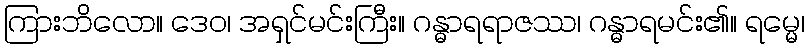
ကြားဘိလော။ ဒေဝ၊ အရှင်မင်းကြီး။ ဂန္ဓာရရာဇဿ၊ ဂန္ဓာရမင်း၏။ ရမ္မေ၊